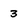
Character: 3